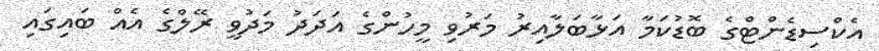
އެކްސިޑެންޓްގެ ބޮޑުކަމާ އަޅާބަލާއިރު މަރުވި މީހުންގެ އަދަދު މަދުވީ ރޭލްގެ އެއް ބައިގައި